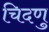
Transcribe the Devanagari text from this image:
चिदणु